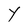
Character: Y